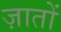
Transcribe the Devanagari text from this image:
ज़ातों